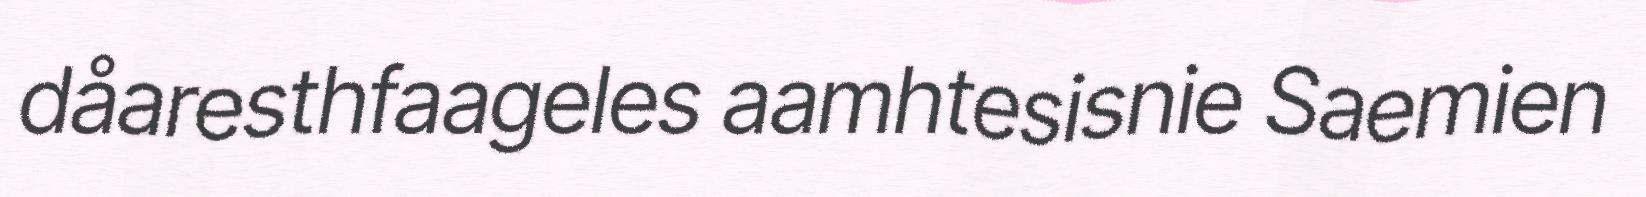
dåaresthfaageles aamhtesisnie Saemien